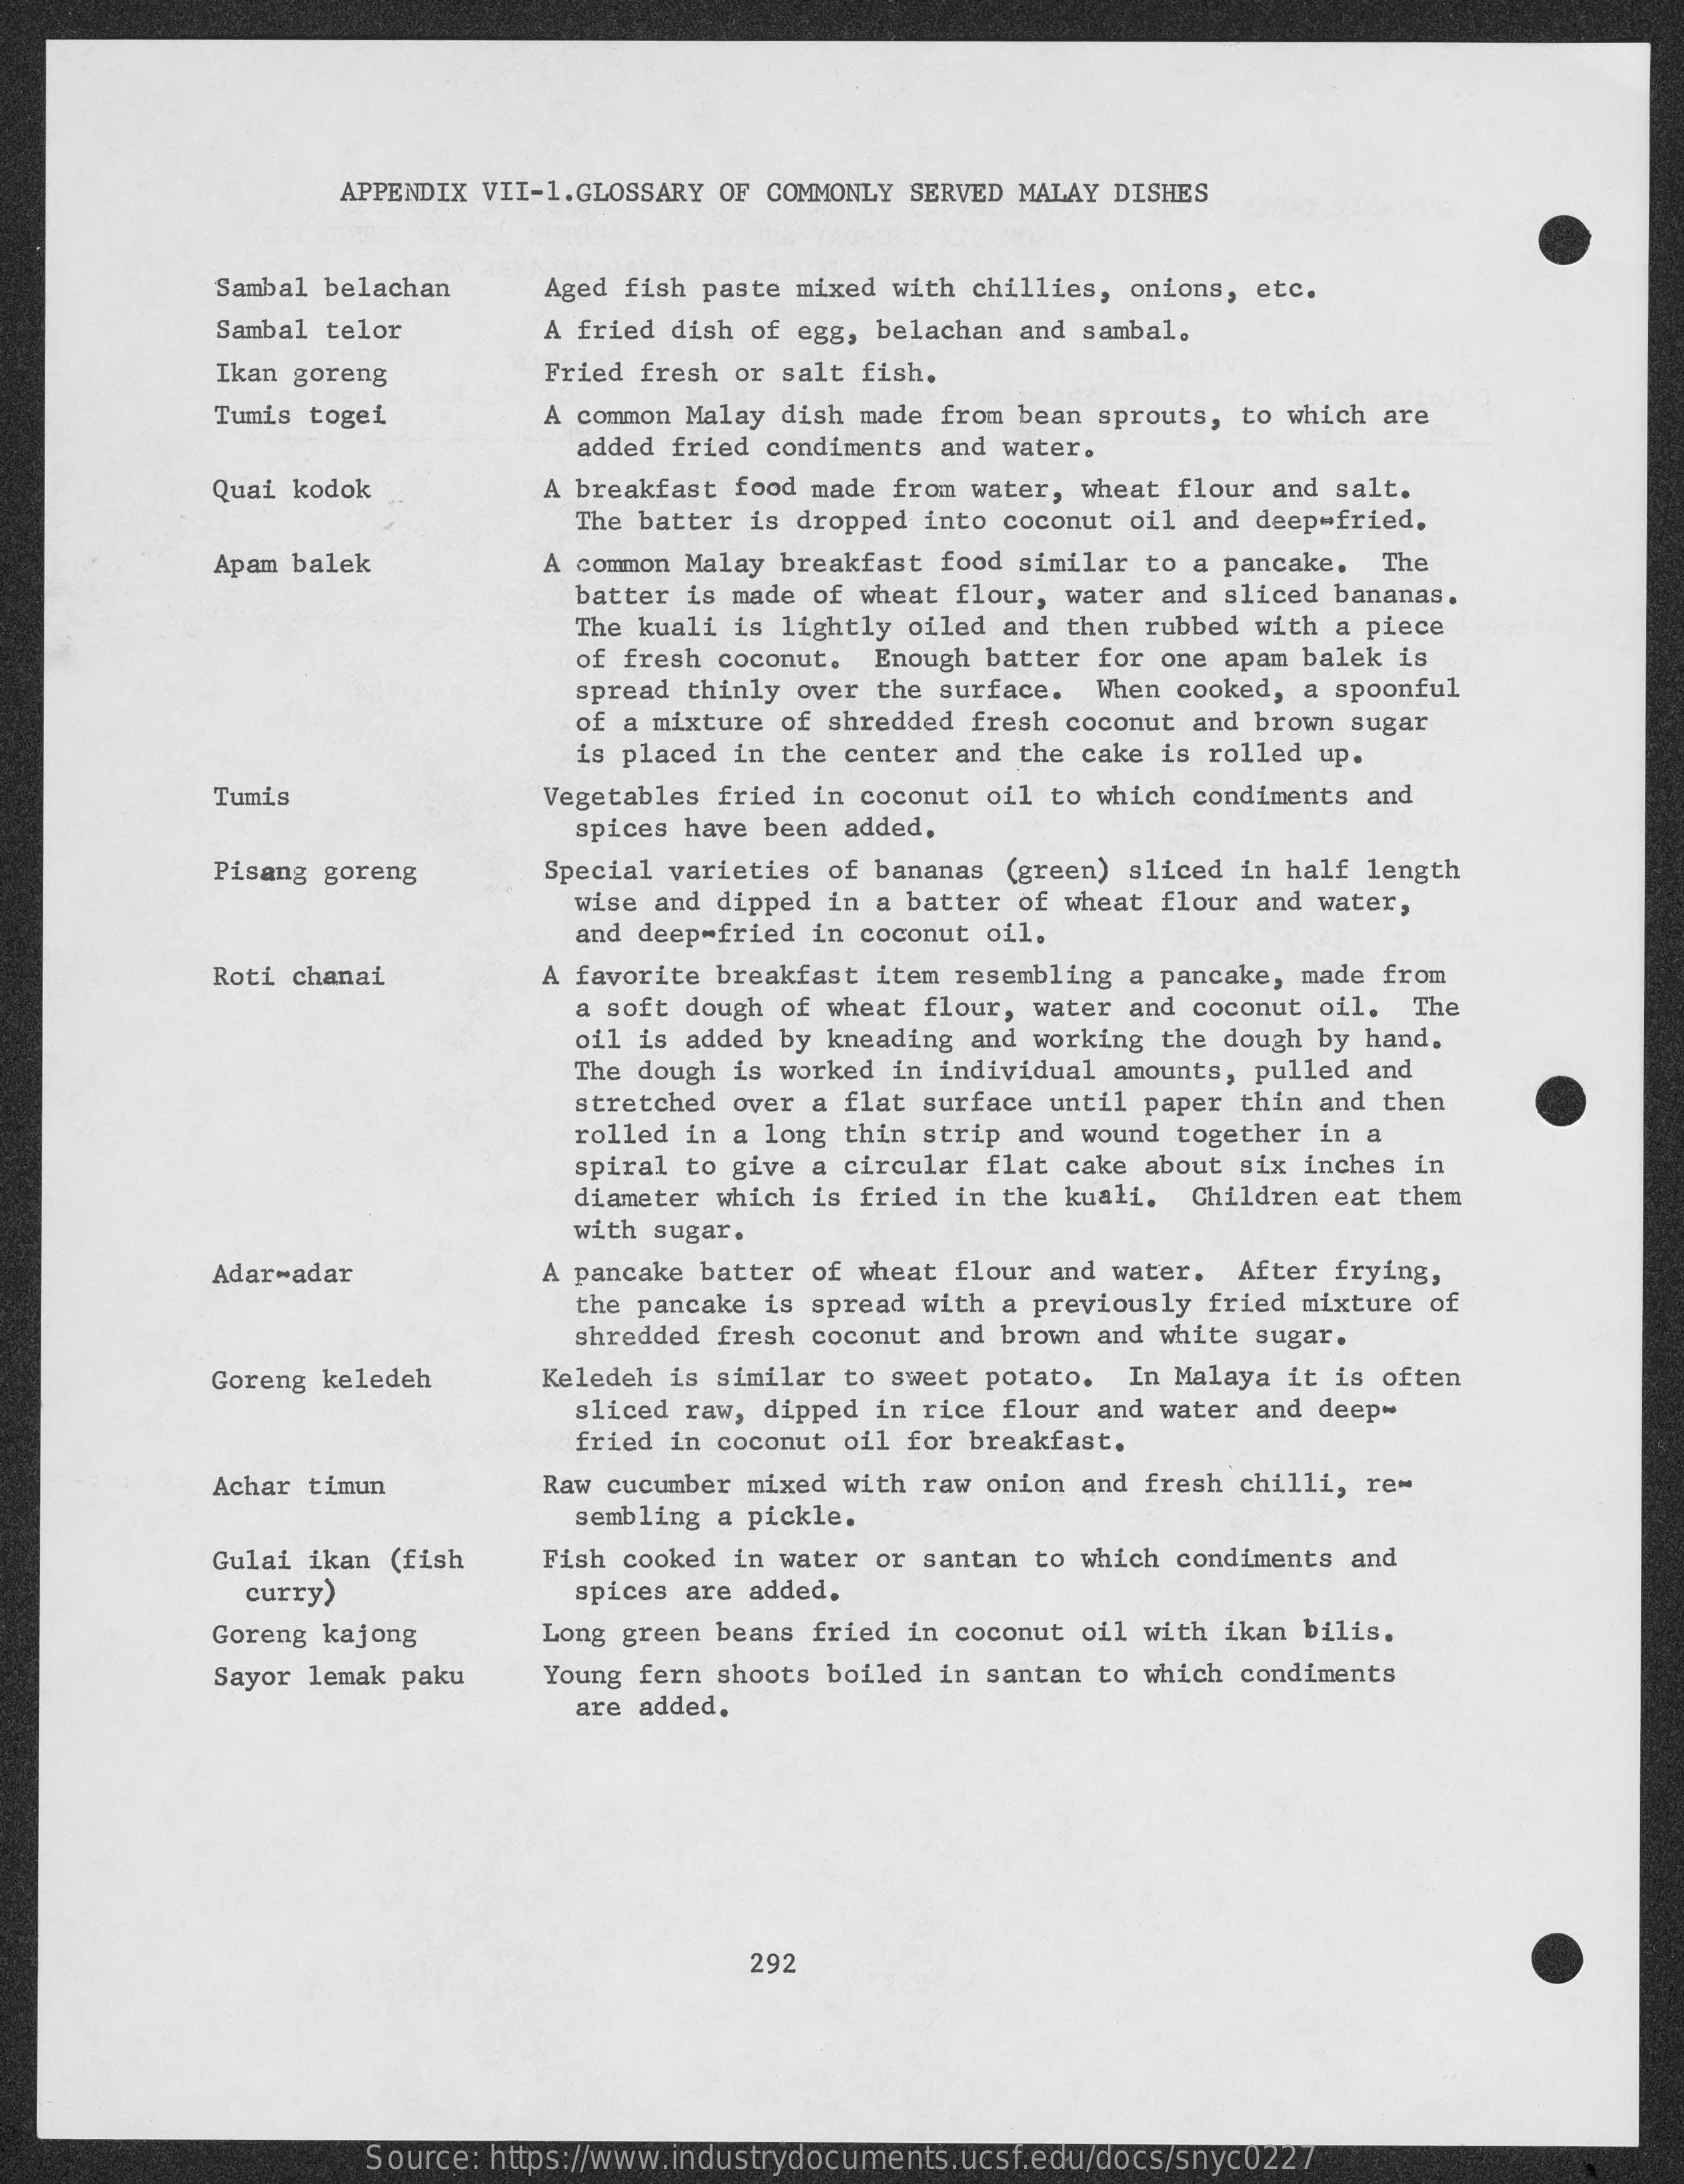
APPENDIX VII-1. GLOSSARY OF COMMONLY SERVED MALAY DISHES
     Sambal belachan Aged fish paste mixed with chillies, onions, etc.
     Sambal telor    A fried dish of egg, belachan and sambal.
     Ikan goreng    Fried fresh or salt fish.
     Tumis togei    A common Malay dish made from bean sprouts, to which are
     added fried condiments and water.
     Quai kodok    A breakfast food made from water, wheat flour and salt.
     The batter is dropped into coconut oil and deep-fried.
     Apam balek    A common Malay breakfast food similar to a pancake. The
     batter is made of wheat flour, water and sliced bananas.
     The kuali is lightly oiled and then rubbed with a piece
     of fresh coconut. Enough batter for one apam balek is
     spread thinly over the surface. When cooked, a spoonful
     of a mixture of shredded fresh coconut and brown sugar
     is placed in the center and the cake is rolled up.
     Tumis    Vegetables fried in coconut oil to which condiments and
     spices have been added,
     Pisang goreng   Special varieties of bananas (green) sliced in half length
     wise and dipped in a batter of wheat flour and water,
     and deep-fried in coconut oil.
     Roti chanai    A favorite breakfast item resembling a pancake, made from
     a soft dough of wheat flour, water and coconut oil. The
     oil is added by kneading and working the dough by hand.
     The dough is worked in individual amounts, pulled and
     stretched over a flat surface until paper thin and then
     rolled in a long thin strip and wound together in a
     spiral to give a circular flat cake about six inches in
     diameter which is fried in the kuali. Children eat them
     with sugar.
     Adar-adar    A pancake batter of wheat flour and water. After frying,
     the pancake is spread with a previously fried mixture of
     shredded fresh coconut and brown and white sugar.
     Goreng keledeh  Keledeh is similar to sweet potato. In Malaya it is often
     sliced raw, dipped in rice flour and water and deep-
     fried in coconut oil for breakfast.
     Achar timun    Raw cucumber mixed with raw onion and fresh chilli, re-
     sembling a pickle.
     Gulai ikan (fish Fish cooked in water or santan to which condiments and
     curry)    spices are added.
     Goreng kajong   Long green beans fried in coconut oil with ikan bilis.
     Sayor lemak paku Young fern shoots boiled in santan to which condiments
     are added.
     292
     Source: https://www.industrydocuments.ucsf.edu/docs/snyc0227